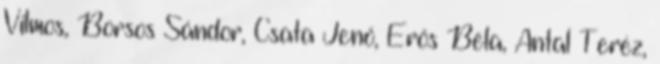
Vilmos, Borsos Sándor, Csata Jenő, Erős Béla, Antal Teréz,